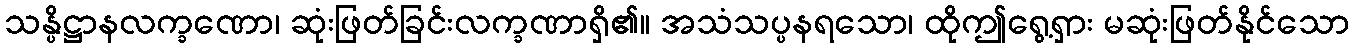
သန္ပိဋ္ဌာနလက္ခဏော၊ ဆုံးဖြတ်ခြင်းလက္ခဏာရှိ၏။ အသံသပ္ပနရသော၊ ထိုဤရွေ့ရှား မဆုံးဖြတ်နိုင်သော